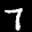
Label: 7